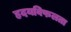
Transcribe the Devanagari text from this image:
हृदयविफलता